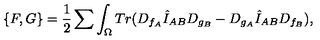
\{ F , G \} = { \frac { 1 } { 2 } } \sum \int _ { \Omega } T r ( D _ { f _ { A } } \hat { I } _ { A B } D _ { g _ { B } } - D _ { g _ { A } } \hat { I } _ { A B } D _ { f _ { B } } ) ,